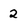
Character: 2